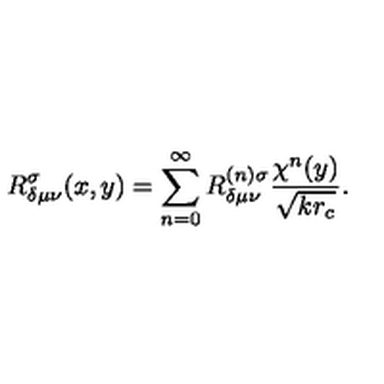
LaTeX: R _ { \delta \mu \nu } ^ { \sigma } ( x , y ) = \sum _ { n = 0 } ^ { \infty } R _ { \delta \mu \nu } ^ { ( n ) \sigma } \frac { \chi ^ { n } ( y ) } { \sqrt { k r _ { c } } } .